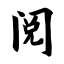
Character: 阅